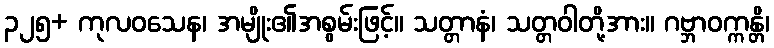
၃၂၅+ ကုလဝသေန၊ အမျိုး၏အစွမ်းဖြင့်။ သတ္တာနံ၊ သတ္တဝါတို့အား။ ဂဗ္ဘာဝက္ကန္တိ၊